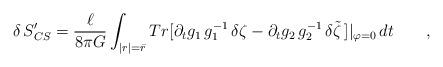
LaTeX: \begin{align*}\delta \, S'_{CS}= \frac \ell {8 \pi G} \int_{|r|=\bar r} Tr[\partial_t g_1 \, g_1^{-1}\, \delta \zeta -\partial_t g_2 \, g_2^{-1} \, \delta \tilde \zeta \, ] |_{\varphi=0} \, dt \qquad ,\end{align*}